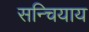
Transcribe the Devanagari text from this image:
सन्चियाय